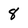
Character: 8